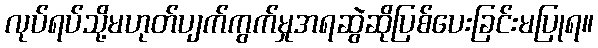
လုပ်ရပ်သို့မဟုတ်ပျက်ကွက်မှုအရဆွဲဆိုပြစ်ပေးခြင်းမပြုရ။